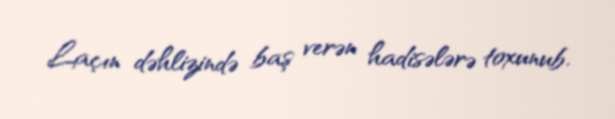
Laçın dəhlizində baş verən hadisələrə toxunub.